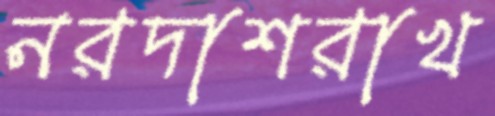
নরদাশরাখ